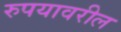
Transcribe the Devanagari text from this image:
रुपयावरील